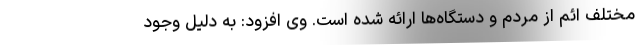
مختلف ائم از مردم و دستگاه‌ها ارائه شده است. وی افزود: به دلیل وجود